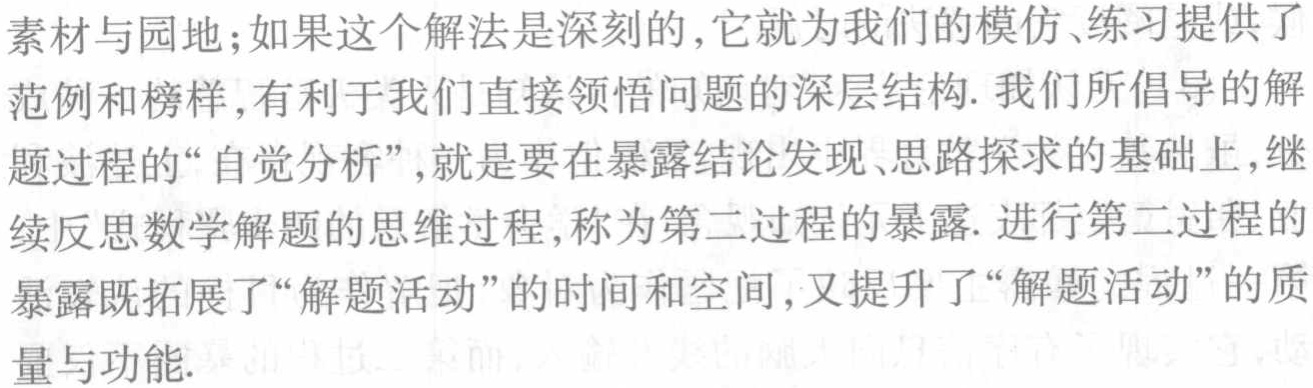
素材与园地；如果这个解法是深刻的,它就为我们的模仿、练习提供了范例和榜样,有利于我们直接领悟问题的深层结构. 我们所倡导的解题过程的“自觉分析”,就是要在暴露结论发现、思路探求的基础上,继续反思数学解题的思维过程,称为第二过程的暴露. 进行第二过程的暴露既拓展了“解题活动”的时间和空间,又提升了“解题活动”的质量与功能.